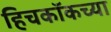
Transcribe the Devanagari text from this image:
हिचकॉकच्या